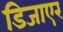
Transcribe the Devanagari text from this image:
डिजाएर